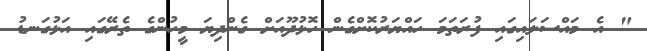
" އެ މައްސަލައިގައި ފުރަތަމަ ހައްޔަރުކޮށްގެން ހޮޅުދޫއަށް ގެންދިޔަ މީހުންގެ ތެރޭގައި އަޅުގަނޑު